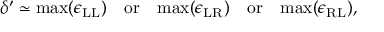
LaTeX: \delta ^ { \prime } \simeq \mathrm { m a x } ( \epsilon _ { \mathrm { L L } } ) \quad \mathrm { o r } \quad \mathrm { m a x } ( \epsilon _ { \mathrm { L R } } ) \quad \mathrm { o r } \quad \mathrm { m a x } ( \epsilon _ { \mathrm { R L } } ) ,